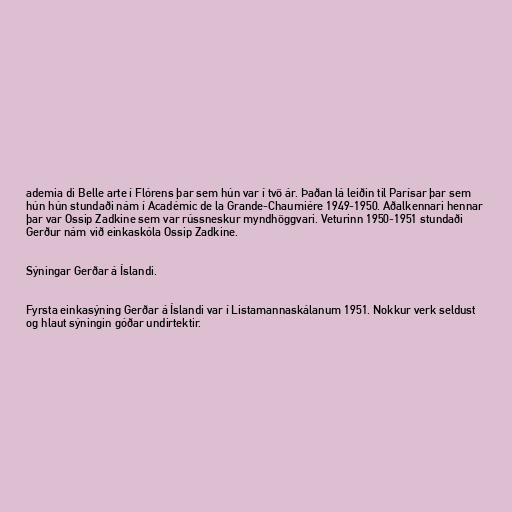
ademia di Belle arte í Flórens þar sem hún var í tvö ár. Þaðan lá leiðin til Parísar þar sem
hún hún stundaði nám í Académic de la Grande-Chaumiére 1949-1950. Aðalkennari hennar
þar var Ossip Zadkine sem var rússneskur myndhöggvari. Veturinn 1950-1951 stundaði
Gerður nám við einkaskóla Ossip Zadkine.

Sýningar Gerðar á Íslandi.

Fyrsta einkasýning Gerðar á Íslandi var í Listamannaskálanum 1951. Nokkur verk seldust
og hlaut sýningin góðar undirtektir.